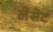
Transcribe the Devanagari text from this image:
लेसेट